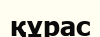
құрас